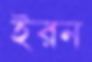
ইরন